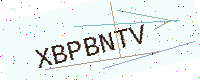
Text: XBPBNTV